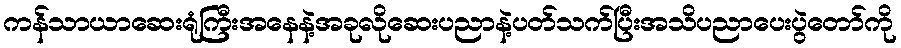
ကန်သာယာဆေးရုံကြီးအနေနဲ့အခုလိုဆေးပညာနဲ့ပတ်သက်ပြီးအသိပညာပေးပွဲတော်ကို